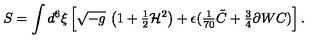
S = \int d ^ { 6 } \xi \left[ \sqrt { - g } \ \bigl ( 1 + { \textstyle \frac { 1 } { 2 } } { \cal H } ^ { 2 } \bigr ) + \epsilon ( { \textstyle \frac { 1 } { 7 0 } } \tilde { C } + { \textstyle \frac { 3 } { 4 } } \partial W C ) \right] .